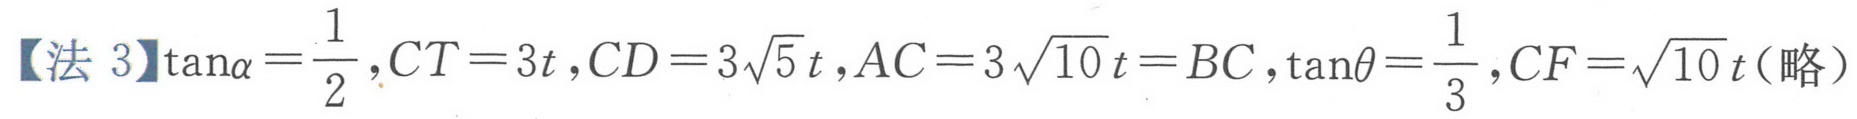
【法 3】$\tan\alpha=\dfrac{1}{2},CT = 3t,CD = 3\sqrt{5}t,AC = 3\sqrt{10}t=BC,\tan\theta=\dfrac{1}{3},CF=\sqrt{10}t$(略）